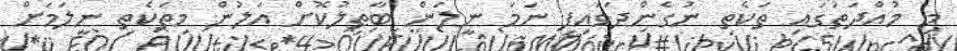
މި މުއްދަތުގައި ތަކެތި ނުގެންދަވައިފި ނަމަ ނީލަން ބާޠިލުކޮށް އަލުން މިތަކެތި ނީލަމަށް